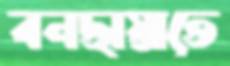
বনছায়াতে